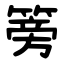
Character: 篣